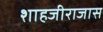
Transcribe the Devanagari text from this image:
शाहजीराजास